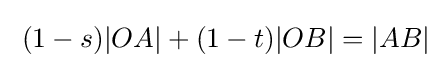
\;(1-s)|OA|+(1-t)|OB|=|AB|